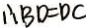
B D = D C